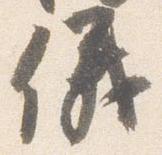
儀